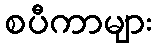
စပီကာများ